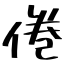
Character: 倦